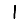
Digit: 1